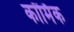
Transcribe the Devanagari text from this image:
कॉर्मिक